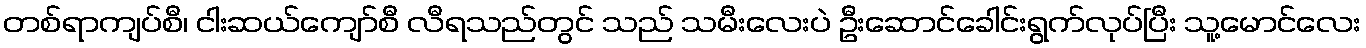
တစ်ရာကျပ်စီ၊ ငါးဆယ်ကျော်စီ လီရသည်တွင် သည် သမီးလေးပဲ ဦးဆောင်ခေါင်းရွက်လုပ်ပြီး သူ့မောင်လေး